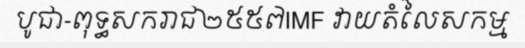
បូជា-ពុទ្ធសករាជ២៥៥៧IMF វាយតំលៃសកម្ម